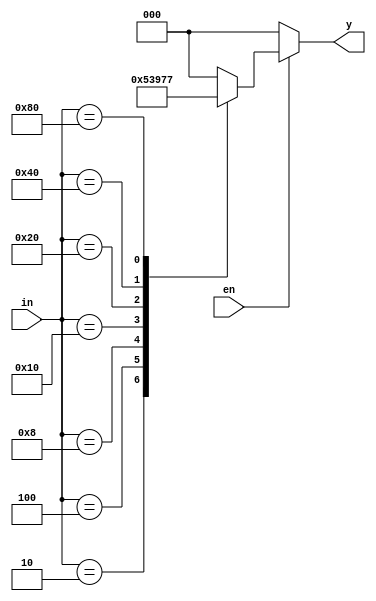
`timescale 1ns / 1ps

module encoder_8to3(
    input en,
    input [7:0] in,
    output reg [2:0] y
);

    always @(*) begin
        if (en) begin
            case (in)
                8'b00000001: y = 3'b000;
                8'b00000010: y = 3'b001;
                8'b00000100: y = 3'b010;
                8'b00001000: y = 3'b011;
                8'b00010000: y = 3'b100;
                8'b00100000: y = 3'b101;
                8'b01000000: y = 3'b110;
                8'b10000000: y = 3'b111;
                default: y = 3'b000;
            endcase
        end else begin
            y = 3'b000;
        end
    end
endmodule